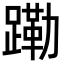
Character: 𬧊